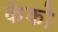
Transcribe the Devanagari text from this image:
केको